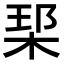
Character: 𪲑